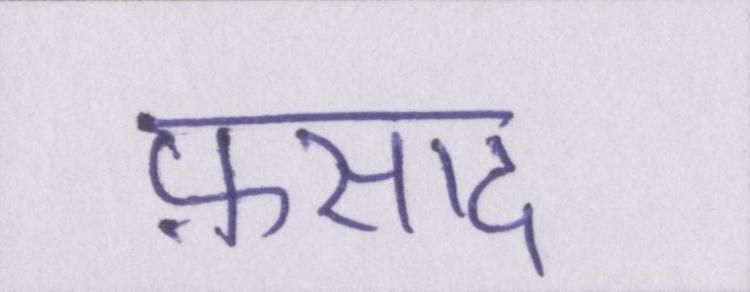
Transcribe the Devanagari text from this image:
फ़साद